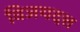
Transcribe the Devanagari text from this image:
विजयदत्त